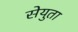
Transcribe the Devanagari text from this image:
सेयुता